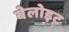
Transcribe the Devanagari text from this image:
बेलोइट